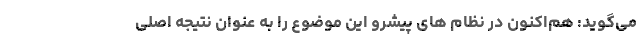
می‌گوید: هم‌اکنون در نظام های پیشرو این موضوع را به عنوان نتیجه اصلی